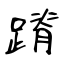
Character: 蹐